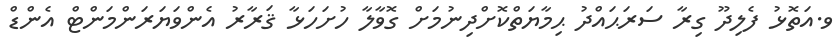
ވ.އަތޮޅު ފެލިދޫ ގިރާ ސަރަޙައްދު ޙިމާޔަތްކޮށްދިނުމަށް ގޮވާލާ ހުށަހަޅާ ޤަރާރު އެންވަޔަރަންމަންޓް އެންޑް